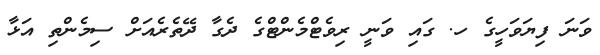
ވަނަ ފިޔަވަހީގެ ހ. ގައި ވަނީ ރިވެޓްމެންޓްގެ ދެގާ ދޭތެރެއަށް ސިމެންތި އަޅާ